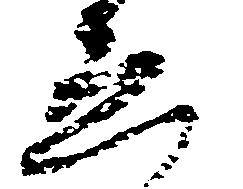
ゑ